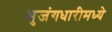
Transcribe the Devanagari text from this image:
भुजंगधारीमध्ये